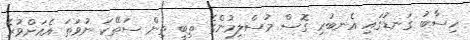
ހިސާބު ގަނޑުގައި އެނބުރި ގޮސް މުސްލިމުންގެ ތިބީ ތިން ސަތޭކަ ނުވަތަ އެއަށްވުރެ